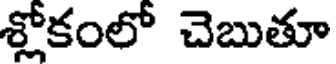
శ్లోకంలో చెబుతూ